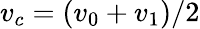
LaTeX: v_{c}=(v_{0}+v_{1})/2